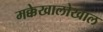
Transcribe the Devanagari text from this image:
मक्केखालोखाल